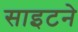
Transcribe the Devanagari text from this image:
साइटने